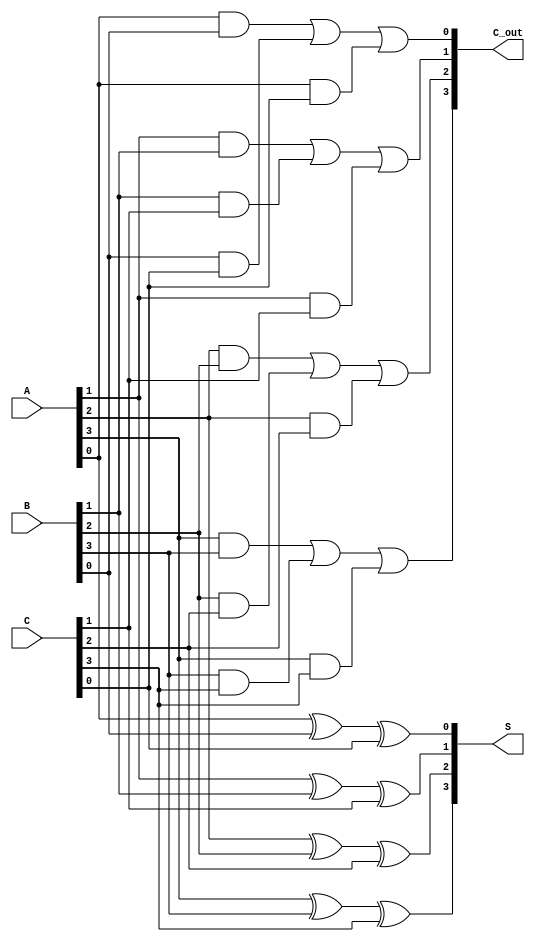
module carry_save_adder #(parameter N = 4) (
    input  [N-1:0] A,  // First input
    input  [N-1:0] B,  // Second input
    input  [N-1:0] C,  // Third input
    output [N-1:0] S,  // Sum output
    output [N-1:0] C_out // Carry output
);

    // Internal wires to hold the sum and carry outputs of the full adders
    wire [N-1:0] S_temp;
    wire [N-1:0] C_temp;

    // Full adder logic for carry save addition
    genvar i;
    generate
        for (i = 0; i < N; i = i + 1) begin : full_adder
            // Full adder outputs for each bit
            assign S_temp[i] = A[i] ^ B[i] ^ C[i]; // Sum output
            assign C_temp[i] = (A[i] & B[i]) | (B[i] & C[i]) | (A[i] & C[i]); // Carry output
        end
    endgenerate

    // Assign final outputs
    assign S = S_temp;
    assign C_out = C_temp;

endmodule